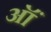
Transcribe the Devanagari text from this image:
ऑं